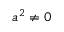
a ^ { 2 } \neq 0